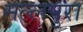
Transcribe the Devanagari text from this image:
मल्लपुरा